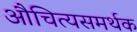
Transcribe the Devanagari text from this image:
औचित्यसमर्थक